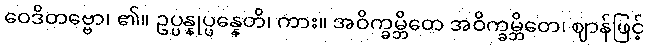
ဝေဒိတဗ္ဗော၊ ၏။ ဥပ္ပန္နုပ္ပန္နေတိ၊ ကား။ အဝိက္ခမ္ဘိတေ အဝိက္ခမ္ဘိတေ၊ ဈာန်ဖြင့်